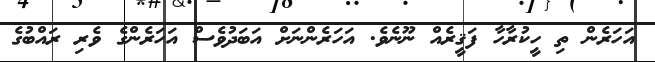
އަހަރެން ތި ހީކުރާހާ ފަޤީރެއް ނޫނެވެ. އަހަރެންނަށް އަބަދުވެސް އަހަރެންގެ ވެރި ރައްބުގެ